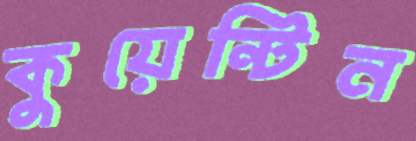
কুয়েন্টিন